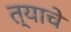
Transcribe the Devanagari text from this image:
त्याचेे